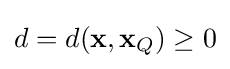
d=d(\mathbf {x} ,\mathbf {x} _{Q})\geq 0